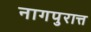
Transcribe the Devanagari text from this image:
नागपुरात्त